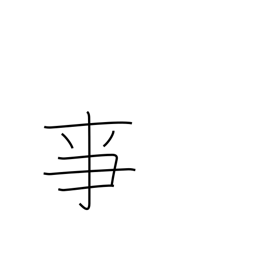
Meaning: to serve